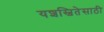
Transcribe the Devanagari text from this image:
यशस्वितेसाठी